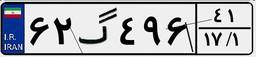
۷۹گ۲۴۴۵۴